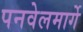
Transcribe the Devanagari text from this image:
पनवेलमार्गे